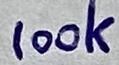
Text: 100k